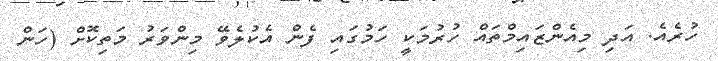
ހުރެއެެ. އަދި މިއެންޒައިމްތައް ހުރުމަކީ ހަމުގައި ފެން އެކުލެވޭ މިންވަރު މަތިކޮށް (ހަން